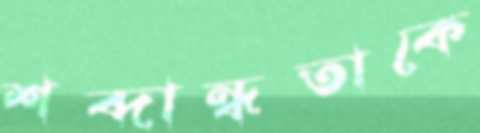
শব্দান্ধতাকে